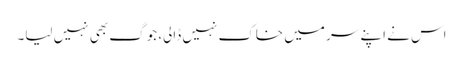
اس نے اپنے سر میں خاک نہیں ڈالی، جوگ بھی نہیں لیا۔